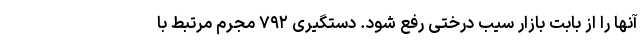
آنها را از بابت بازار سیب درختی رفع شود. دستگیری ۷۹۲ مجرم مرتبط با